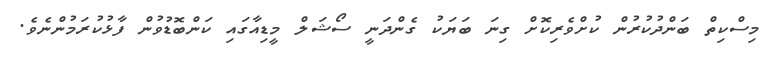
މިސްކިތް ބަންދުކުރުން ކުށްވެރިކޮށް ގިނަ ބަޔަކު ގެންދަނީ ސޯޝަލް މީޑިއާގައި ކަންބޮޑުވުން ފާޅުކުރަމުންނެވެ.